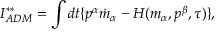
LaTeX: I _ { A D M } ^ { \ast \ast } = \int d t \{ p ^ { \alpha } \dot { m } _ { \alpha } - H ( m _ { \alpha } , p ^ { \beta } , \tau ) \} ,